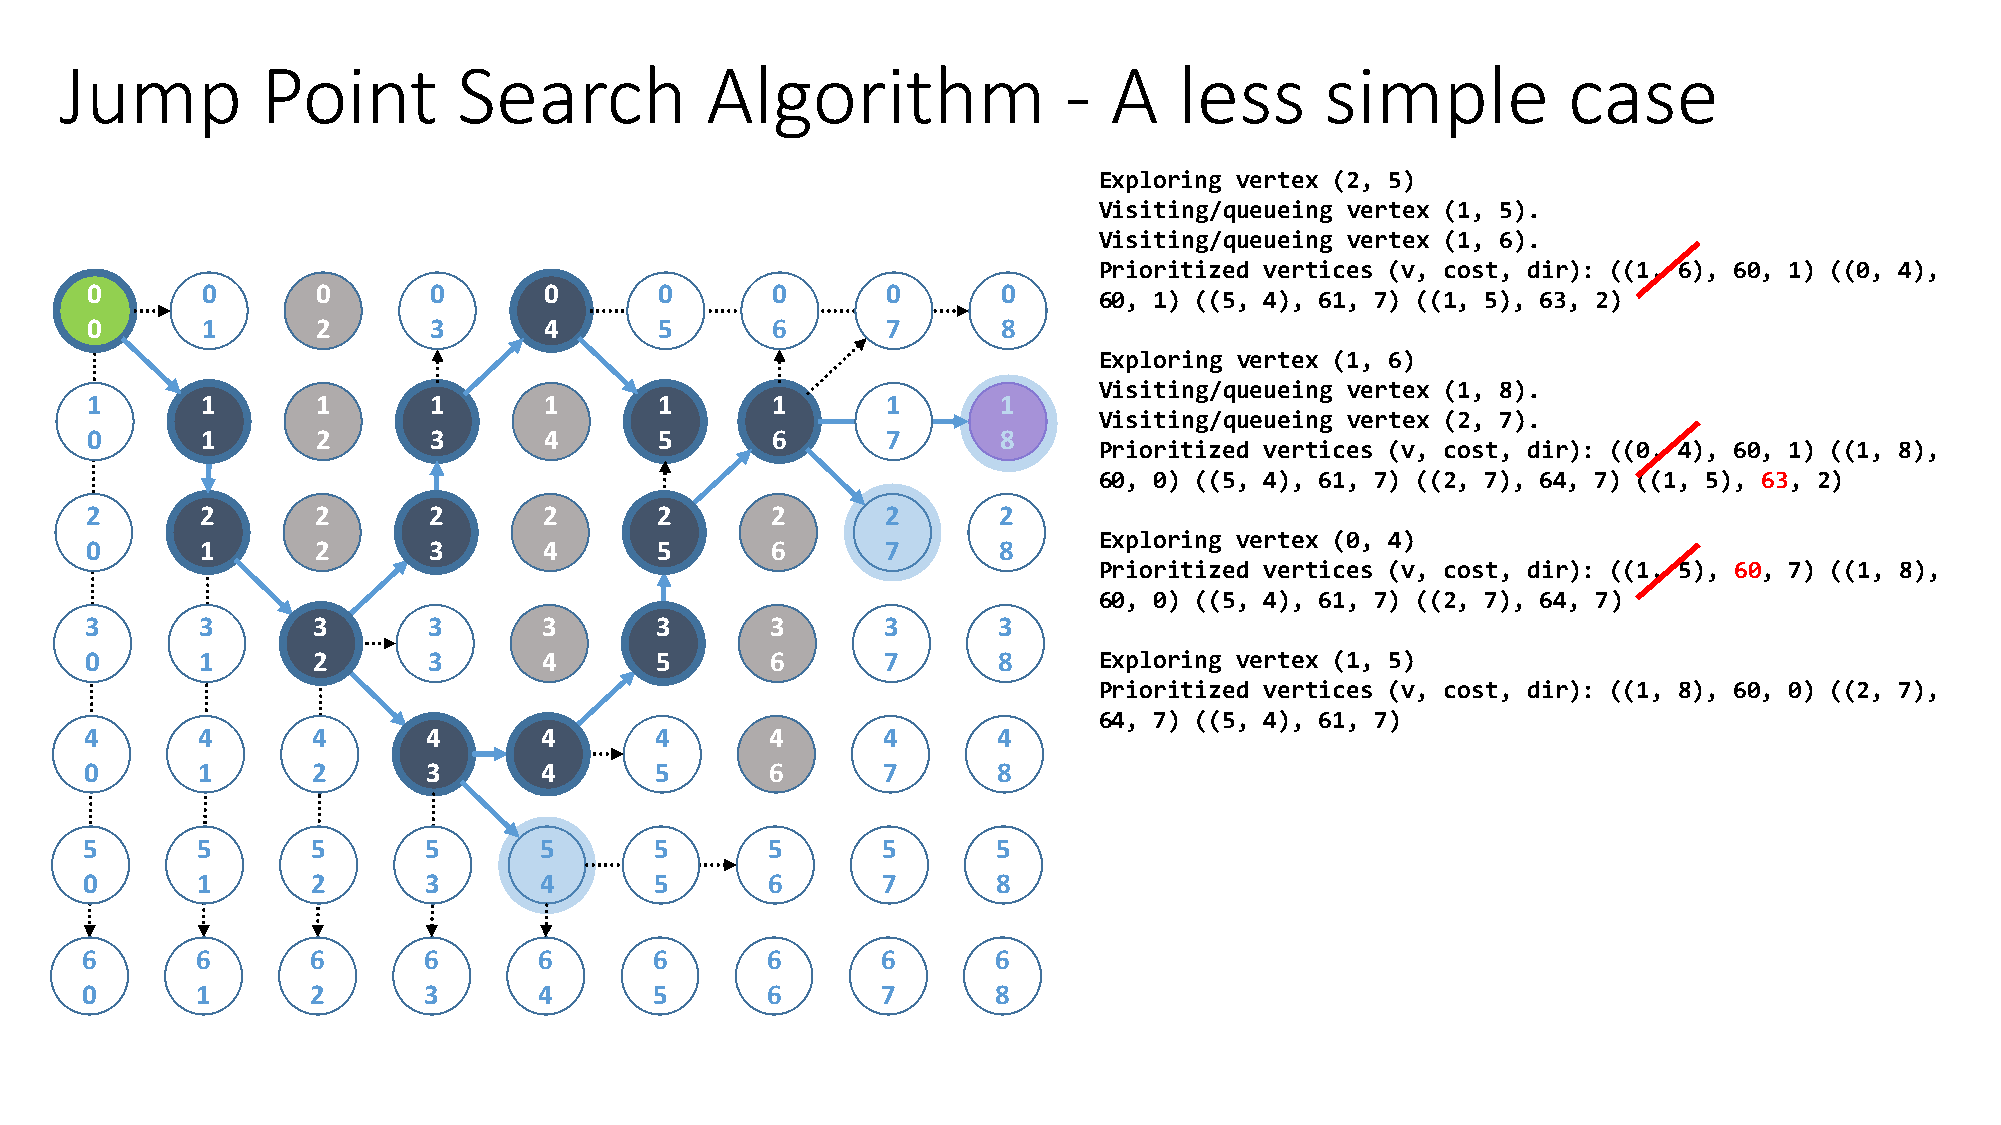
Jump         Point        Search           Algorithm              -  A    less      simple          case
 Exploring vertex (2, 5)
 Visiting/queueing vertex (1, 5).
 Visiting/queueing vertex (1, 6).
 Prioritized vertices (v, cost, dir): ((1, 6), 60, 1) ((0, 4),
 0      0       0      0       0       0      0       0      0
 60, 1) ((5, 4), 61, 7) ((1, 5), 63, 2)
 0      1       2      3       4       5      6       7      8
 Exploring vertex (1, 6)
 Visiting/queueing vertex (1, 8).
 1      1       1      1       1       1      1       1      1
 Visiting/queueing vertex (2, 7).
 0      1       2      3       4       5      6       7      8
 Prioritized vertices (v, cost, dir): ((0, 4), 60, 1) ((1, 8),
 60, 0) ((5, 4), 61, 7) ((2, 7), 64, 7) ((1, 5), 63, 2)
 2      2       2      2       2      2       2       2      2
 Exploring vertex (0, 4)
 0      1       2      3       4      5       6       7      8
 Prioritized vertices (v, cost, dir): ((1, 5), 60, 7) ((1, 8),
 60, 0) ((5, 4), 61, 7) ((2, 7), 64, 7)
 3      3       3      3       3      3       3       3      3
 0      1       2      3       4      5       6       7      8      Exploring vertex (1, 5)
 Prioritized vertices (v, cost, dir): ((1, 8), 60, 0) ((2, 7),
 64, 7) ((5, 4), 61, 7)
 4      4       4      4       4      4       4      4       4
 0      1       2      3       4      5       6      7       8
 5       5       5      5       5      5       5      5       5
 0       1       2      3       4      5       6      7       8
 6       6       6      6       6      6       6      6       6
 0       1       2      3       4      5       6      7       8